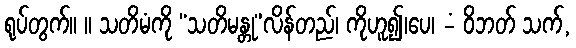
ရုပ်တွက်။ ။ သတိမံကို “သတိမန္တု”လိန်တည်၊ ကိုဟူ၍၊ပေ၊ -ံ ဝိဘတ် သက်,